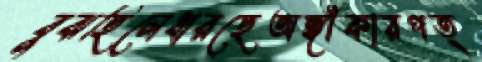
বুঝছিলেধারছেঅঙ্গীকারপত্